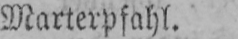
Marterpfahl.